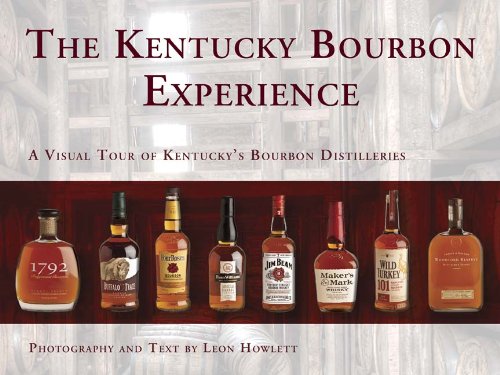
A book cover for The Kentucky Bourbon Experience A Visual Tour of Kentucky's Bourbon Distilleries; Leon Howlett; Travel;